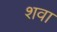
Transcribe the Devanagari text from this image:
शवा